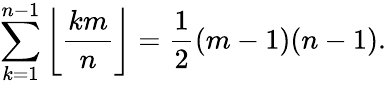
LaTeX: \sum_{k=1}^{n-1}\left\lfloor{\frac{km}{n}}\right\rfloor={\frac{1}{2}}(m-1)(n-1).